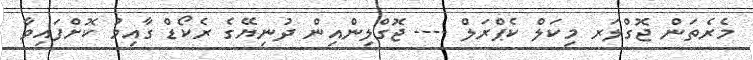
މެރެތަން ޖޮގްލަރ މިކަލް ކެޕްރަލް ---- ޖޮގްލިންއިން ދުނިޔޭގެ ރެކޯޑް ގާއިމު ކޮށްފައިވާ